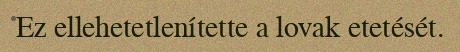
Ez ellehetetlenítette a lovak etetését.